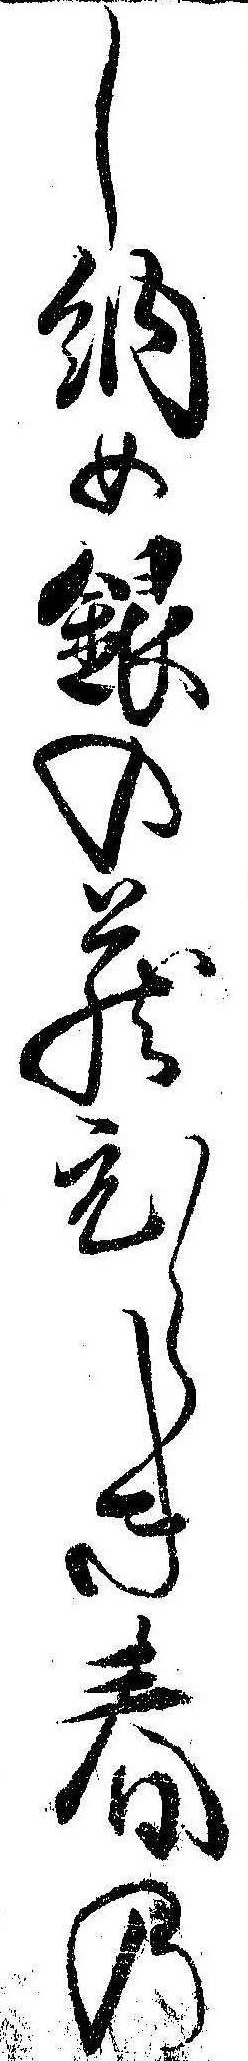
し納め銀の蔵びらき春の